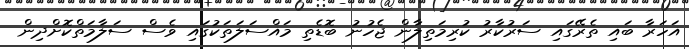
އަހަރާ ބައި ތެރޭގައި ސަރުކާރު ކުރިމަތިލާން ޖެހުނު ބޮޑެތި މައްސަލަތަކުގައި ވެސް ސަލާމަތްކޮށްދިން